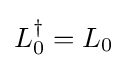
L_{0}^{\dagger }=L_{0}